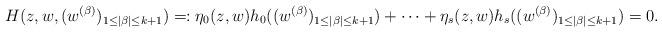
LaTeX: \begin{align*}H(z,w, (w^{(\beta)})_{1 \leq |\beta| \leq k+1})=:\eta_0(z,w)h_0((w^{(\beta)})_{1 \leq |\beta| \leq k+1})+ \cdots + \eta_{s}(z,w)h_{s}((w^{(\beta)})_{1 \leq |\beta| \leq k+1})=0.\end{align*}